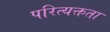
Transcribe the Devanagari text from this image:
परित्यक्तता